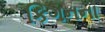
કિગનના